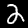
Digit: 2